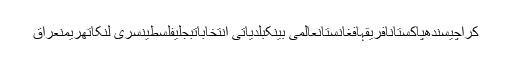
کراچیسندھپاکستانافریقہافغانستانعالمی بینکبلدیاتی انتخاباتبجلیفلسطینسری لنکاتھریمنعراق